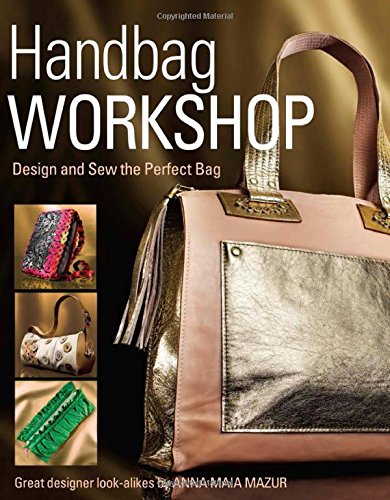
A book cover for Handbag Workshop: Design and Sew the Perfect Bag; Anna M. Mazur; Crafts, Hobbies & Home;